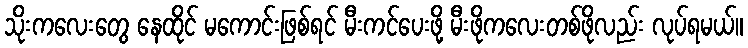
သိုးကလေးတွေ နေထိုင် မကောင်းဖြစ်ရင် မီးကင်ပေးဖို့ မီးဖိုကလေးတစ်ဖိုလည်း လုပ်ရမယ်။